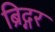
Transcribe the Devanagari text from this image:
ब्रिद्गर